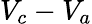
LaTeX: {V_{c}-V_{a}}